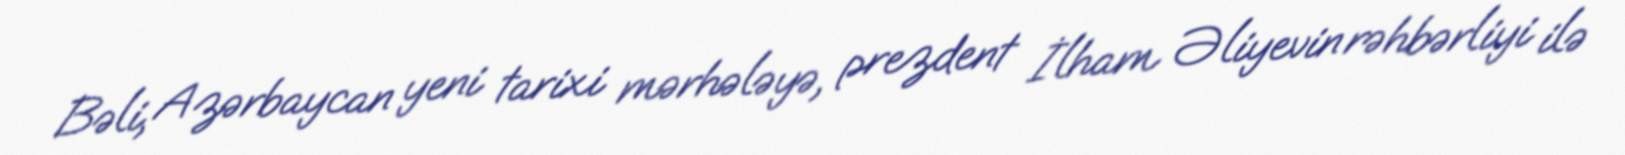
Bəli, Azərbaycan yeni tarixi mərhələyə, prezdent İlham Əliyevin rəhbərliyi ilə